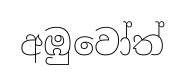
අඹුවෝත්